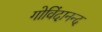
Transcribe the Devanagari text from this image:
गोविंदानन्द